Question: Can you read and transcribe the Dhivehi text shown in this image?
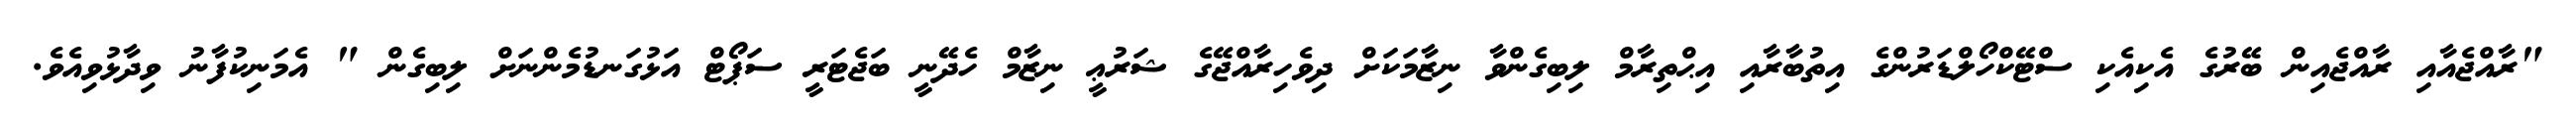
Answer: "ރާއްޖެއާއި ރާއްޖެއިން ބޭރުގެ އެކިއެކި ސްޓޭކްހޯލްޑަރުންގެ އިތުބާރާއި އިޙްތިރާމް ލިބިގެންވާ ނިޒާމަކަށް ދިވެހިރާއްޖޭގެ ޝަރުޢީ ނިޒާމް ހެދޭނީ ބަޖެޓަރީ ސަޕޯޓް އަޅުގަނޑުމެންނަށް ލިބިގެން " އެމަނިކުފާނު ވިދާޅުވިއެވެ.